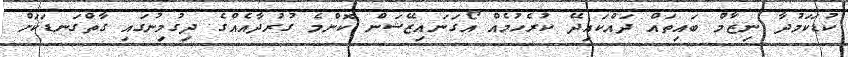
ކުޑަކަމުދާ ނިޒާމް ބައިތައް ދައްކައިދޭ ކުރެހުމެއް އޯގަނައިޒޭޝަން ކޮންމެ ގުރުދާއެއްގެ ދިގުމިނުގައި ގާތްގަނޑަކަށް